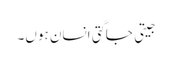
جیتی جاگتی انسان ہوں۔